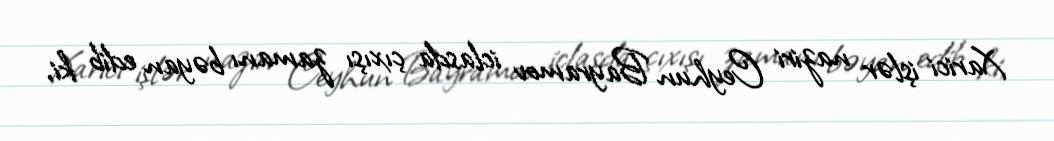
Xarici işlər naziri Ceyhun Bayramov iclasda çıxışı zamanı bəyan edib ki,